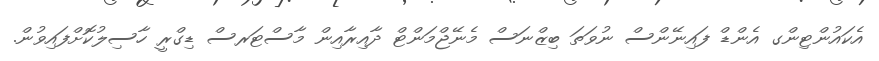
އެކައުންޓިންގ އެންޑް ފައިނޭންސް ނުވަތަ ބިޒްނަސް މެނޭޖްމަންޓް ދާއިރާއިން މާސްޓަރސް ޑިގްރީ ހާސިލުކޮށްފައިވުން.